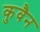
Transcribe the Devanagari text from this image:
कुवैन